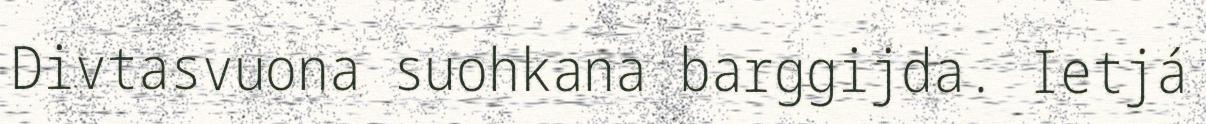
Divtasvuona suohkana barggijda. Ietjá